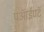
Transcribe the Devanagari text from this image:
पऑईण्टॅ